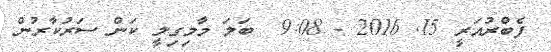
ފެބްރުއަރީ 15